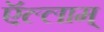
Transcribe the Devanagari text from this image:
ऍल्लाम्‌